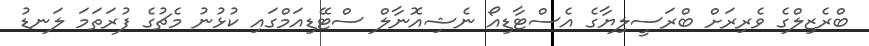
ބްރެޒިލްގެ ވެރިރަށް ބްރަސީލިޔާގެ އެސްޓާޑިއޯ ނެޝިއޮނާލް ސްޓޭޑިއަމްގައި ކުޅުނު މެޗުގެ ފުރަތަމަ ލަނޑު